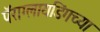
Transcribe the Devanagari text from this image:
पॅराग्लायडिंगच्या